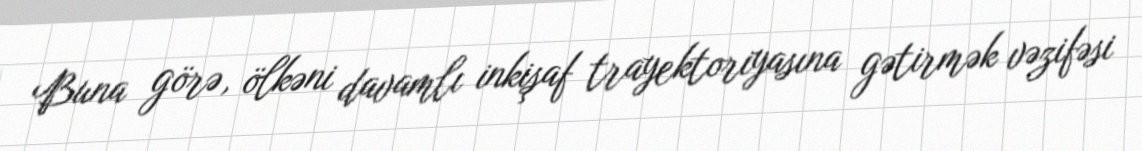
Buna görə, ölkəni davamlı inkişaf trayektoriyasına gətirmək vəzifəsi